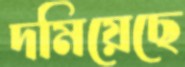
দমিয়েছে